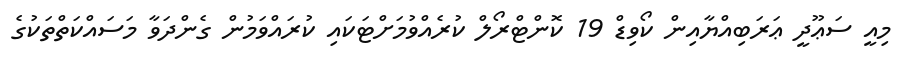
މިއީ ސަޢޫދީ ޢަރަބިއްޔާއިން ކޯވިޑް 19 ކޮންޓްރޯލް ކުރެއްވުމަށްޓަކައި ކުރައްވަމުން ގެންދަވާ މަސައްކަތްތަކުގެ